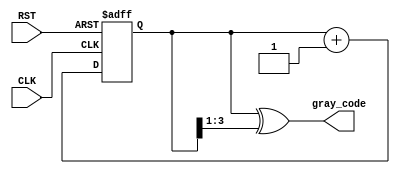
module gray_code_counter #(parameter N = 4) (
    input wire CLK,          // Clock input
    input wire RST,          // Asynchronous reset
    output reg [N-1:0] gray_code // Gray code output
);

    reg [N-1:0] binary_count; // Binary counter

    // Binary to Gray code conversion
    function [N-1:0] binary_to_gray;
        input [N-1:0] binary;
        begin
            binary_to_gray = binary ^ (binary >> 1);
        end
    endfunction

    // Asynchronous reset and binary counting
    always @(posedge CLK or posedge RST) begin
        if (RST) begin
            binary_count <= 0; // Reset binary count
        end else begin
            binary_count <= binary_count + 1; // Increment binary count
        end
    end

    // Update Gray code output
    always @(binary_count) begin
        gray_code <= binary_to_gray(binary_count);
    end

endmodule